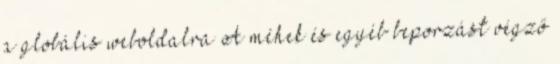
a globális weboldalra A méhek és egyéb beporzást végző